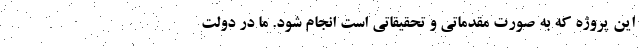
این پروژه که به صورت مقدماتی و تحقیقاتی است انجام شود. ما در دولت